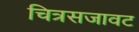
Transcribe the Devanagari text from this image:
चित्रसजावट